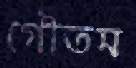
গৌতম